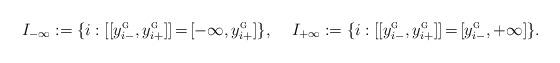
LaTeX: \begin{align*}I_{-\infty}:= \{i :[\mkern-.4mu[y_{i-}^{\textsc{g}}, y_{i+}^{\textsc{g}}]\mkern-.4mu]\mkern-2.5mu=\mkern-2.5mu [-\infty, y_{i+}^{\textsc{g}}]\},\;\;\;\;I_{+\infty}:=\{i : [\mkern-.4mu[y_{i-}^{\textsc{g}}, y_{i+}^{\textsc{g}}]\mkern-.4mu]\mkern-2.5mu=\mkern-2.5mu [y_{i-}^{\textsc{g}} ,+\infty]\}.\end{align*}